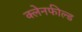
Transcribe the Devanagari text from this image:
क्लेनफील्ड